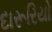
દારૂરિયો